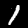
Digit: 1